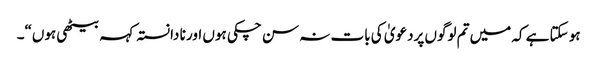
ہو سکتا ہے کہ میں تم لوگوں پردعویٰ کی بات نہ سن چکی ہوں اور نا دانستہ کہہ بیٹھی ہوں“۔